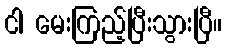
ငါ မေးကြည့်ပြီးသွားပြီ။